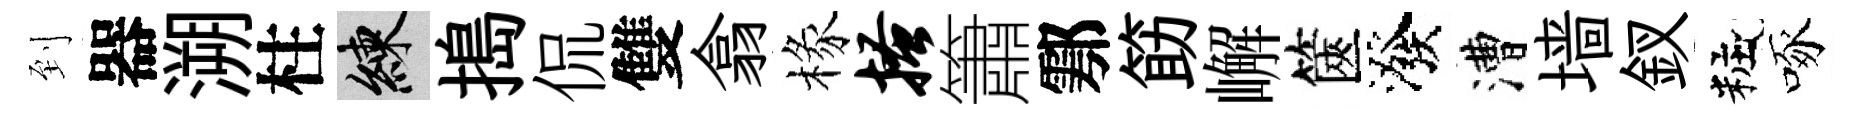
到器溯柱練搗侃雙翕椽搔簫鄠筯嶰篋潑漕墙釵粧啄